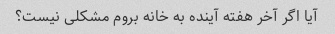
آیا اگر آخر هفته آینده به خانه بروم مشکلی نیست؟